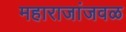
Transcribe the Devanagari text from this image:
महाराजांजवळ